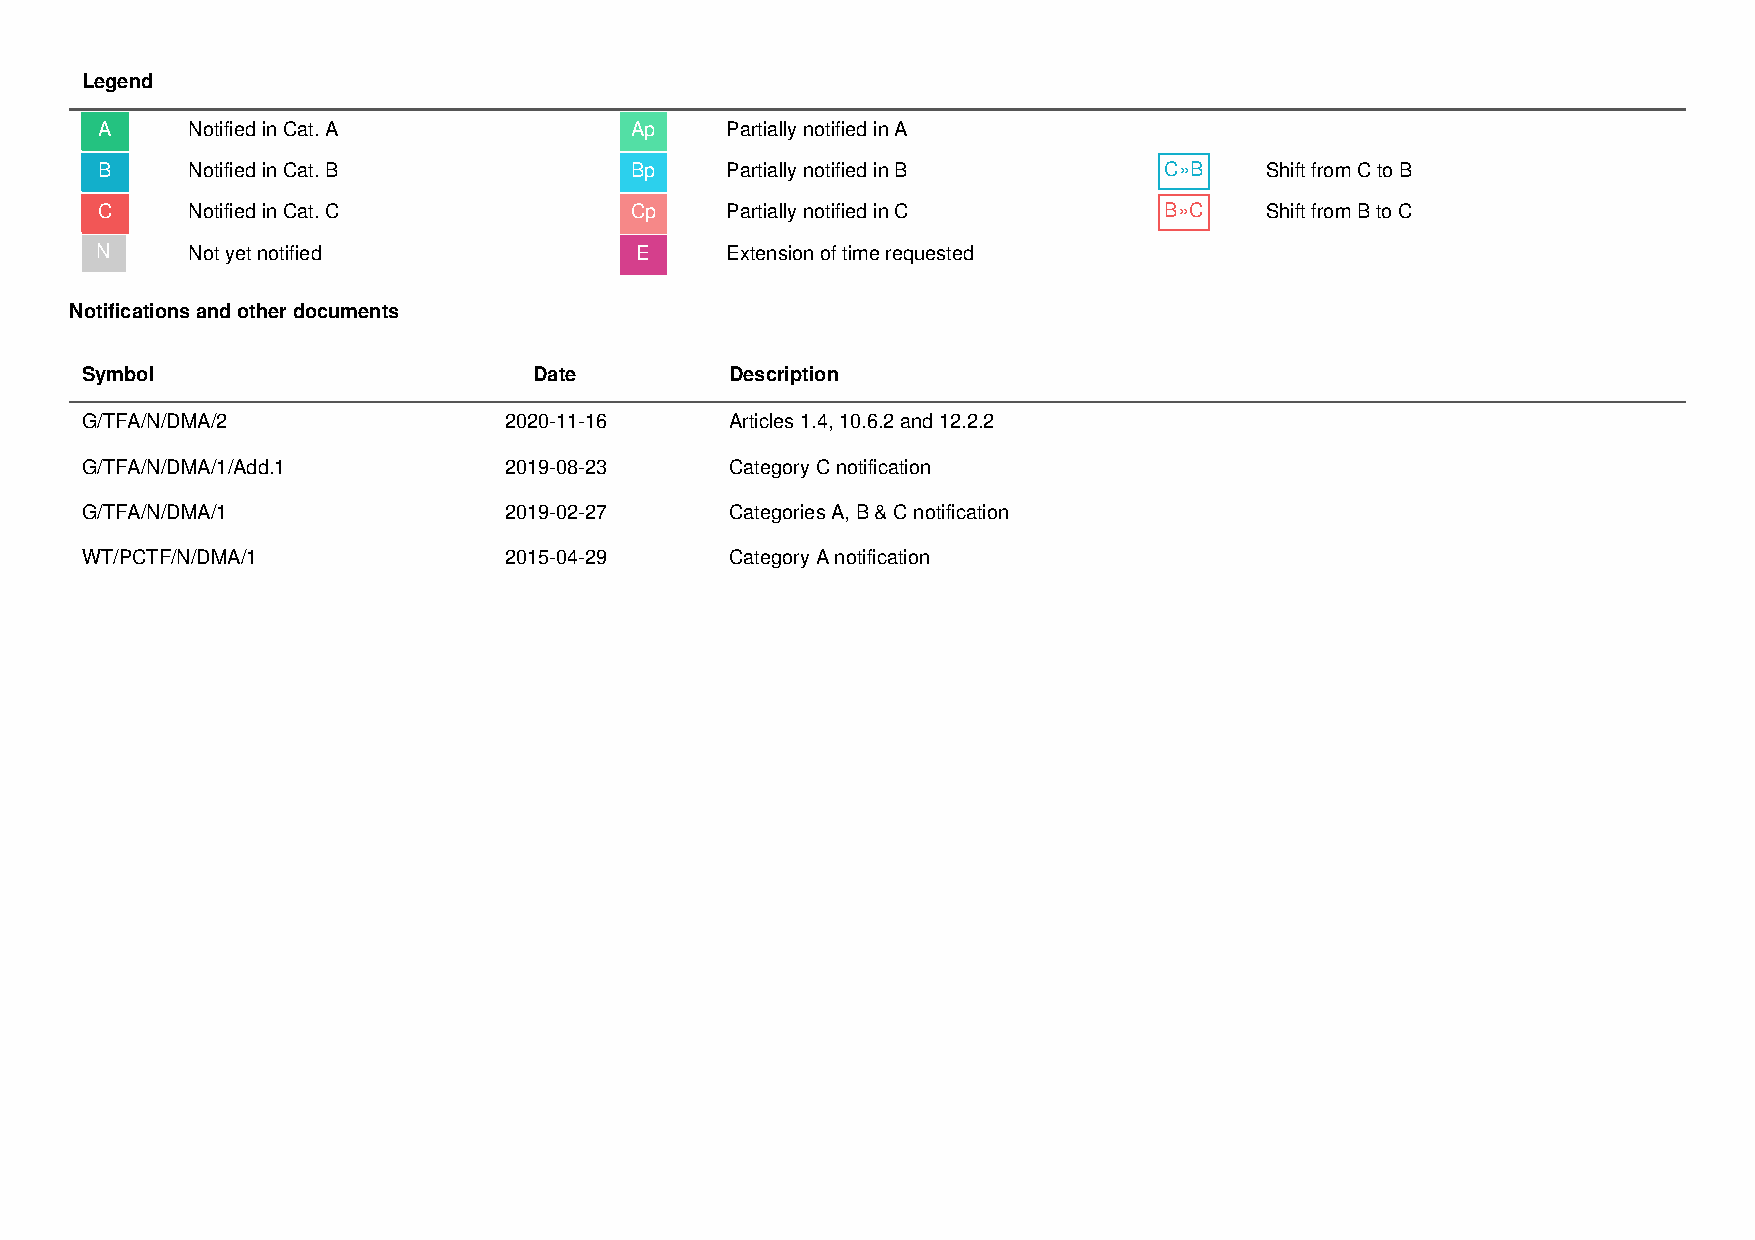
Legend
 A     Notified in Cat. A            Ap    Partially notified in A
 B     Notified in Cat. B            Bp    Partially notified in B      C»B    Shift from C to B
 C     Notified in Cat. C            Cp    Partially notified in C      B»C    Shift from B to C
 N     Not yet notified              E     Extension of time requested
 Notifications and other documents
 Symbol                        Date         Description
 G/TFA/N/DMA/2               2020-11-16     Articles 1.4, 10.6.2 and 12.2.2
 G/TFA/N/DMA/1/Add.1         2019-08-23     Category C notification
 G/TFA/N/DMA/1               2019-02-27     Categories A, B & C notification
 WT/PCTF/N/DMA/1             2015-04-29     Category A notification